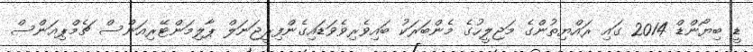
ޑީ ބިޔޯންޑް 2014 ގައި ރައްޔިތުންގެ މަޖިލީހުގެ މެންބަރަކު ބައިވެރިވެވަޑައިގެންފިރީޖަނަލް ޕާލިމަންޓޭރިއަންސް ޗެމްޕިއަންސް